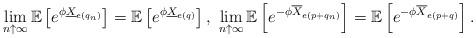
LaTeX: \begin{align*}\lim_{n \uparrow \infty}\mathbb E\left[e^{\phi \underline{X}_{e(q_n)}}\right]=\mathbb E\left[e^{\phi \underline{X}_{e(q)}}\right], \ \lim_{n \uparrow \infty}\mathbb E\left[e^{-\phi \overline{X}_{e(p+q_n)}}\right]=\mathbb E\left[e^{-\phi \overline{X}_{e(p+q)}}\right].\end{align*}